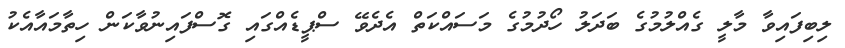
ލިބިފައިވާ މާލީ ގެއްލުމުގެ ބަދަލު ހޯދުމުގެ މަސައްކަތް އެދެވޭ ސްޕީޑެއްގައި ގޮސްފައިނުވާކަން ހިތާމައާއެކު